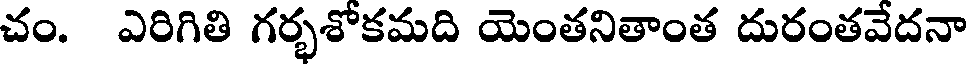
చం. ఎరిగితి గర్భశోకమది యెంతనితాంత దురంతవేదనా